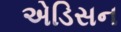
એડિસન